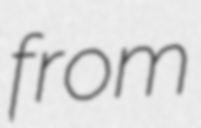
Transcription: from